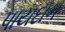
પાયદાન